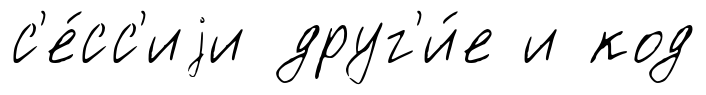
с'е́сс'иjи друг'и́е и код